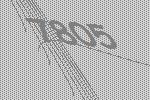
7805